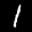
Label: 1